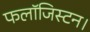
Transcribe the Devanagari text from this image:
फलॉजिस्टन।